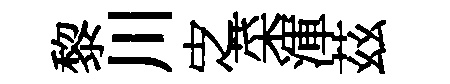
黎川㝎菜渾茲